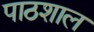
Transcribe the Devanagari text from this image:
पाठशाल